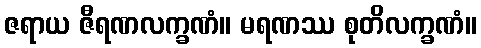
ဇရာယ ဇီရဏလက္ခဏံ။ မရဏဿ စုတိလက္ခဏံ။